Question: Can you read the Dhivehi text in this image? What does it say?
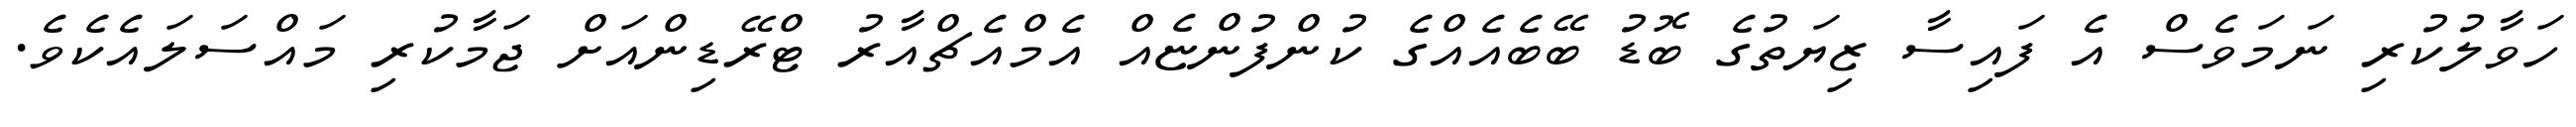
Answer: ހަވާލުކުރި ނަމަވެސް އެ ފައިސާ ޒިޔަތުގެ ބޮޑު ބޭބެއެއްގެ ކުންފުންޏެއް އެމްއެޗްއާރު ޓްރޭޑިންއަށް ޖަމާކުރި މައްސަލައެކެވެ.